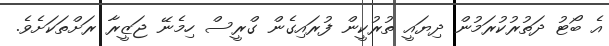
އެ ބޯޓު ދަތުރުކުރަމުން ދިޔައީ ތުރުކީން ފުރައިގެން ގްރީސް ހިމެނޭ ޖަޒީރާ ރަށްތަކަށެވެ.